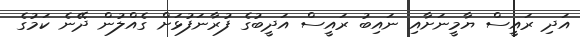
އަދި ރައީސް ޔާމީނަށާއި ނައިބު ރައީސް އަދީބުގެ ފުރާނަފުޅަށް ގެއްލުން ދޭނެ ކަމުގެ